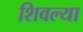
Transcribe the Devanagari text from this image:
शिवल्या